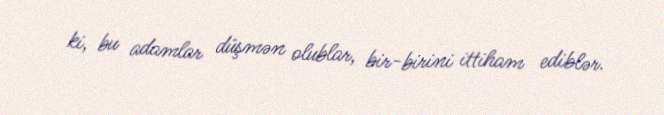
ki, bu adamlar düşmən olublar, bir-birini ittiham ediblər.